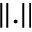
\lvert \lvert . \rvert \rvert